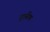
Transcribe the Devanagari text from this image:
ट्रांसेथ